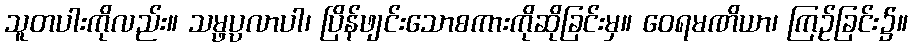
သူတပါးကိုလည်း။ သမ္ဖပ္ပလာပါ၊ ပြိန်ဖျင်းသောစကားကိုဆိုခြင်းမှ။ ဝေရမဏိယာ၊ ကြဉ်ခြင်း၌။